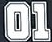
01